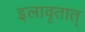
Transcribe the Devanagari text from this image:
इलावृतात्